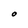
Character: O